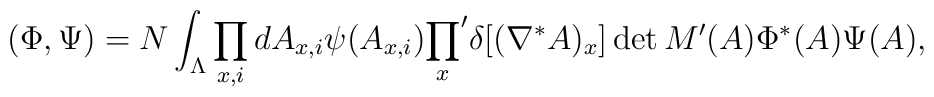
(\Phi, \Psi) = N \int_\Lambda \prod_{x,i} dA_{x,i} \psi(A_{x,i}){\prod_x}'\delta[(\nabla^* A)_x] \det M'(A) \Phi^*(A) \Psi(A),